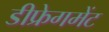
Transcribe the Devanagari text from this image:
डीफ्रेगमेंट